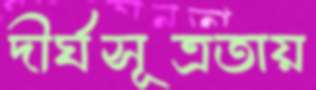
দীর্ঘসূত্রতায়